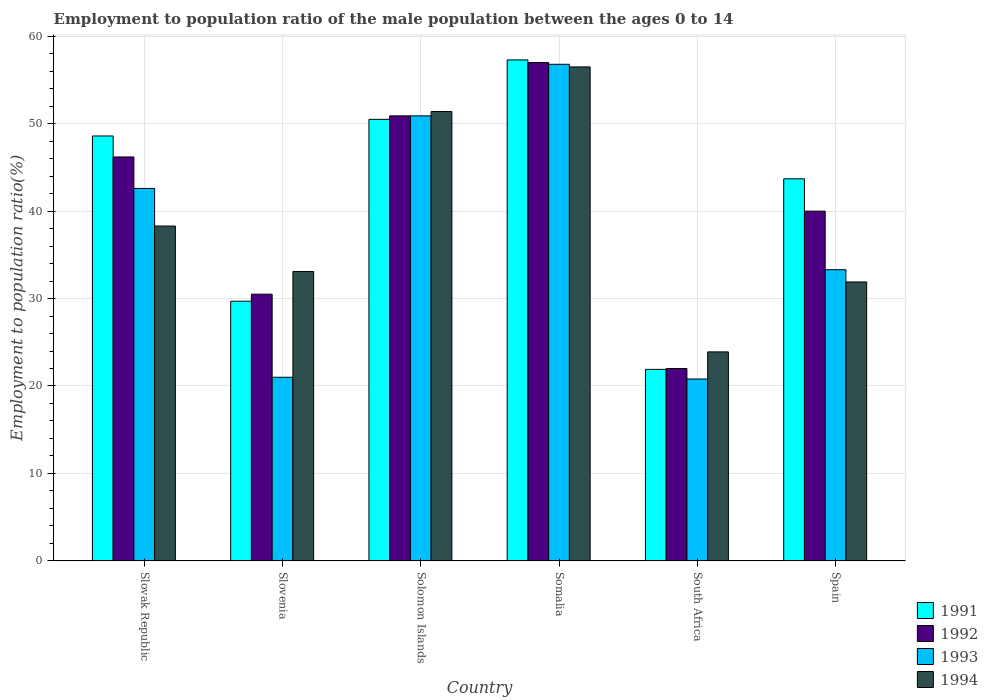
| Country | 1991 | 1992 | 1993 | 1994 |
 | --- | --- | --- | --- | --- |
 | Slovak Republic | 48.6 | 46.2 | 42.6 | 38.3 |
 | Slovenia | 29.7 | 30.5 | 21 | 33.1 |
 | Solomon Islands | 50.5 | 50.9 | 50.9 | 51.4 |
 | Somalia | 57.3 | 57 | 56.8 | 56.5 |
 | South Africa | 21.9 | 22 | 20.8 | 23.9 |
 | Spain | 43.7 | 40 | 33.3 | 31.9 |